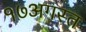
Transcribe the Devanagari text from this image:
१७अगस्त